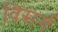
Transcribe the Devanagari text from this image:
विसर्गः